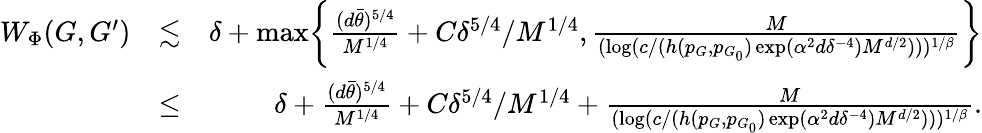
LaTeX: \begin{array}{rlr}{W_{\Phi}(G,G^{\prime})}&{\lesssim}&{\delta+\operatorname*{max}\biggr\{ \frac{(d\bar{\theta})^{5/4}}{M^{1/4}}+C\delta^{5/4}/M^{1/4},\frac{M}{(\log(c/(h(p_{G},p_{G_{0}})\exp(\alpha^{2}d\delta^{-4})M^{d/2})))^{1/\beta}}\biggr\} }\\ &{\leq}&{\delta+\frac{(d\bar{\theta})^{5/4}}{M^{1/4}}+C\delta^{5/4}/M^{1/4}+\frac{M}{(\log(c/(h(p_{G},p_{G_{0}})\exp(\alpha^{2}d\delta^{-4})M^{d/2})))^{1/\beta}}.}\end{array}